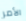
الأمر